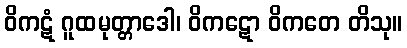
ဝိကဋံ ဂူထမုတ္တာဒေါ၊ ဝိကဋော ဝိကတေ တိသု။